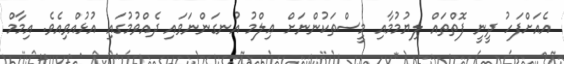
އެއަށްފަހު ދީނީ ފޮތްތައް ލިޔުމުމާއި މީސްތަކުންނަށް ޢިލްމު އުނގަންނަވައި ދެއްވުމުގައި އުޅުއްވިއެވެ. އިމާމް